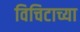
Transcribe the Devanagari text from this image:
विचिटाच्या